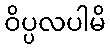
ဝိပ္ပလပါမိ